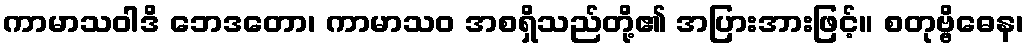
ကာမာသဝါဒိ ဘေဒတော၊ ကာမာသဝ အစရှိသည်တို့၏ အပြားအားဖြင့်။ စတုဗ္ဗိဓေန၊